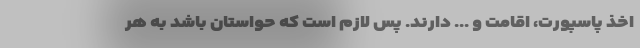
اخذ پاسپورت، اقامت و ... دارند. پس لازم است که حواستان باشد به هر